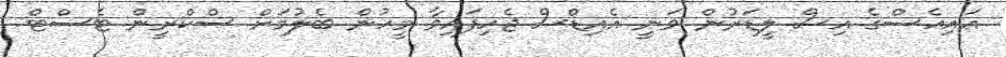
އައިއެސްގެ އިސް ލީޑަރުން ވަނީ އެއިޑްސް ޖެހިފައިވާ މީހުން ބެލުމަށް ސްކްރީން ޓެސްޓް